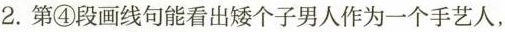
2.第1段画线句能看出个子男人作为一个手艺人，